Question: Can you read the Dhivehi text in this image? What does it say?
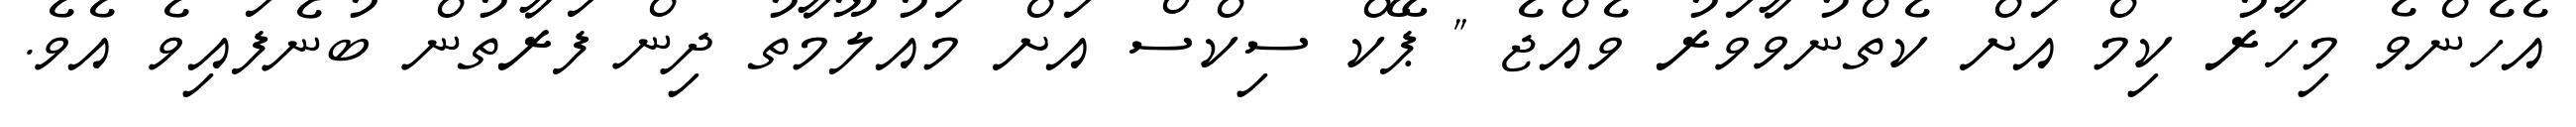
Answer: އެހެންވެ މިހާރު ކިމް އަށް ކެތްނުވާވަރު ވެއްޖެ " ޕޭކް ސިކްސް އަށް މައުލޫމާތު ދިން ފަރާތުން ބުނެފައިވެ އެވެ.